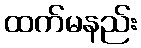
ထက်မနည်း